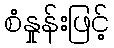
စံနှုန်းဖြင့်